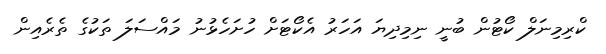
ކްރިމިނަލް ކޯޓުން ބުނީ ނިމިދިޔަ އަހަރު އެކޯޓަށް ހުށަހެޅުނު މައްސަލަ ތަކުގެ ތެރެއިން